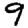
Digit: 9